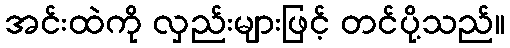
အင်းထဲကို လှည်းများဖြင့် တင်ပို့သည်။